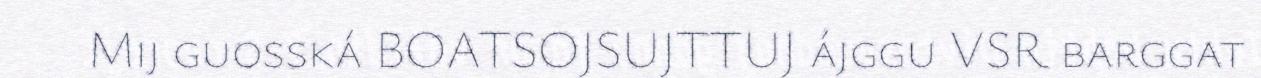
Mij guosská BOATSOJSUJTTUJ ájggu VSR barggat